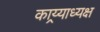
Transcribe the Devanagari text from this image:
काय्र्याध्यक्ष